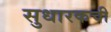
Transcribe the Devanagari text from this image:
सुधारकची